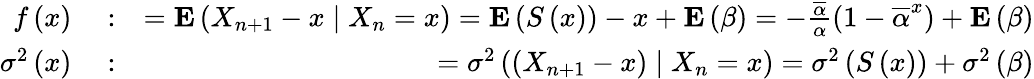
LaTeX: \begin{array}{rlr}{f\left(x\right)}&{{}:}&{={\mathbf E}\left(X_{n+1}-x\mid X_{n}=x\right)={\mathbf E}\left(S\left(x\right)\right)-x+{\mathbf E}\left(\beta\right)=-\frac{\overline{{\alpha}}}{\alpha}\left(1-\overline{{\alpha}}^{x}\right)+{\mathbf E}\left(\beta\right)}\\ {\sigma^{2}\left(x\right)}&{{}:}&{=\sigma^{2}\left(\left(X_{n+1}-x\right)\mid X_{n}=x\right)=\sigma^{2}\left(S\left(x\right)\right)+\sigma^{2}\left(\beta\right)}\end{array}